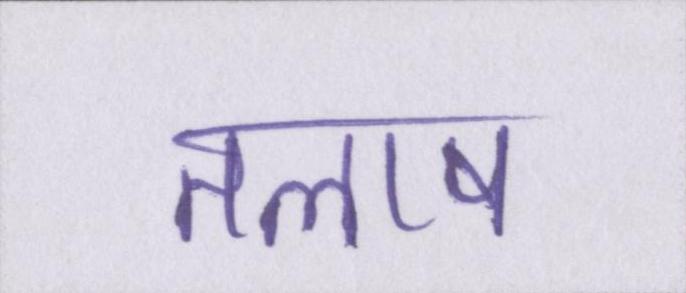
तलाष